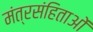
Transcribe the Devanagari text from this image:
मंत्रसंहिताओं